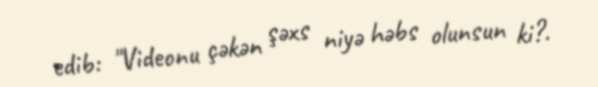
edib: "Videonu çəkən şəxs niyə həbs olunsun ki?.